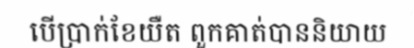
បើប្រាក់ខែយឺត ពួកគាត់បាននិយាយ